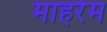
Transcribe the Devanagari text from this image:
माहर्रम